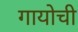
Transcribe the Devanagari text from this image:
गायोची